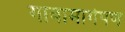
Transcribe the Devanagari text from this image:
गावामार्गेपण